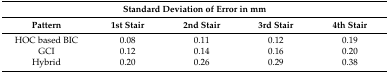
<table><thead><tr><td colspan="5"><b>Standard Deviation of Error in mm</b></td></tr><tr><td><b>Pattern</b></td><td><b>1st Stair</b></td><td><b>2nd Stair</b></td><td><b>3rd Stair</b></td><td><b>4th Stair</b></td></tr></thead><tbody><tr><td>HOC based BIC</td><td>0.08</td><td>0.11</td><td>0.12</td><td>0.19</td></tr><tr><td>GCI</td><td>0.12</td><td>0.14</td><td>0.16</td><td>0.20</td></tr><tr><td>Hybrid</td><td>0.20</td><td>0.26</td><td>0.29</td><td>0.38</td></tr></tbody></table>